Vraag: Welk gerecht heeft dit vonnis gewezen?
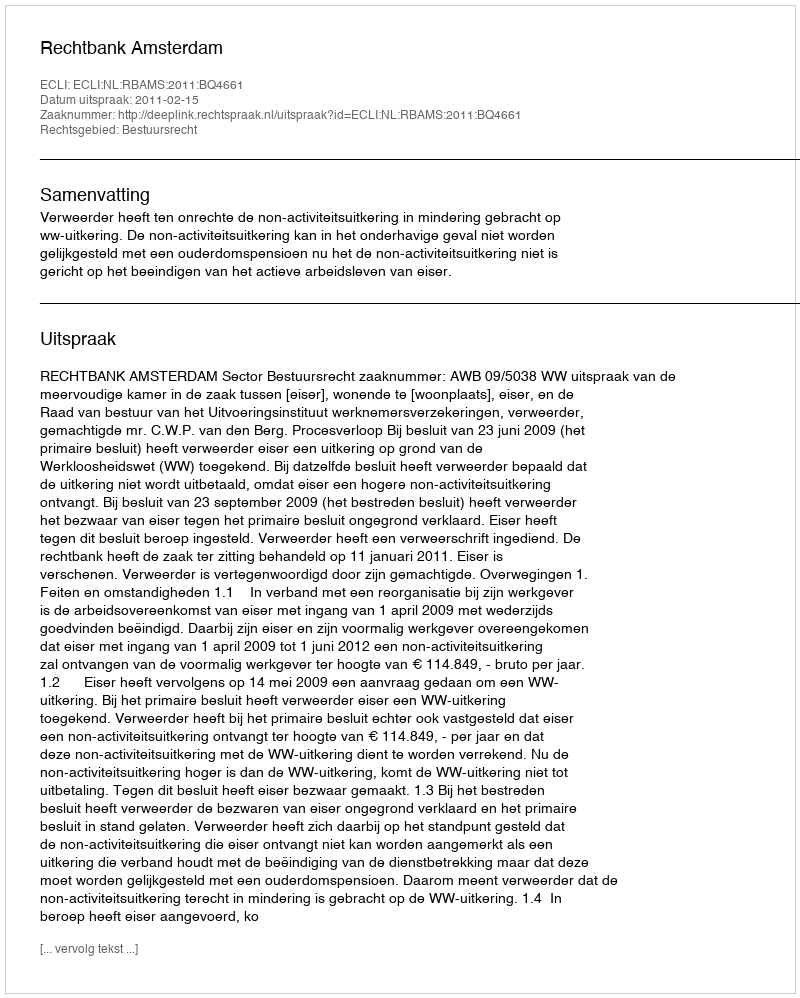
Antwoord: Rechtbank Amsterdam